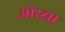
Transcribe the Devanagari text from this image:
ओरक्षा